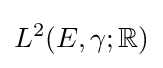
L^{2}(E,\gamma ;\mathbb {R} )